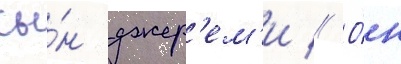
сы́н джер'ем'и // О́н